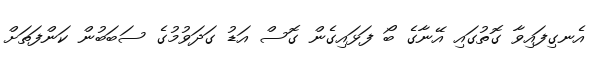
އެނގިފައިވާ ގޮތުގައި އޭނާގެ ބޯ ފަޅައިގެން ގޮސް އަޑު ގަދަވުމުގެ ސަބަބުން ކަންފަތަށް